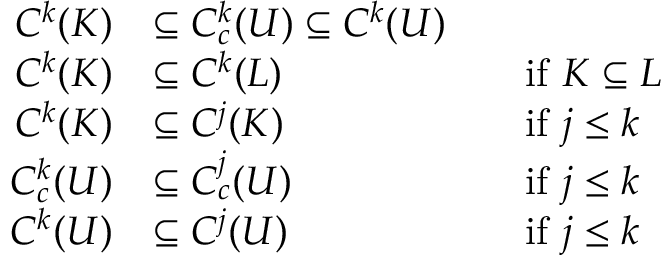
{ \begin{array} { r l r l } { C ^ { k } ( K ) } & { \subseteq C _ { c } ^ { k } ( U ) \subseteq C ^ { k } ( U ) } \\ { C ^ { k } ( K ) } & { \subseteq C ^ { k } ( L ) } & & { { \mathrm { i f ~ } } K \subseteq L } \\ { C ^ { k } ( K ) } & { \subseteq C ^ { j } ( K ) } & & { { \mathrm { i f ~ } } j \leq k } \\ { C _ { c } ^ { k } ( U ) } & { \subseteq C _ { c } ^ { j } ( U ) } & & { { \mathrm { i f ~ } } j \leq k } \\ { C ^ { k } ( U ) } & { \subseteq C ^ { j } ( U ) } & & { { \mathrm { i f ~ } } j \leq k } \end{array} }